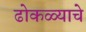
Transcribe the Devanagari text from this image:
ढोकळ्याचे